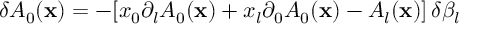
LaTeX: \delta A _ { 0 } ( { \bf x } ) = - [ x _ { 0 } \partial _ { l } A _ { 0 } ( { \bf x } ) + x _ { l } \partial _ { 0 } A _ { 0 } ( { \bf x } ) - A _ { l } ( { \bf x } ) ] \, \delta \beta _ { l }